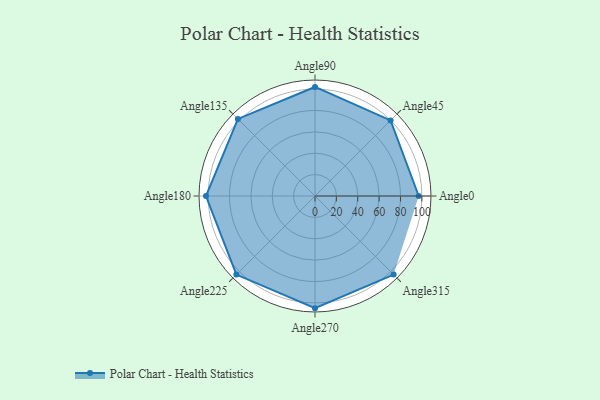
{"axis": {"x": "Angle", "y": "Radius"}, "legend": [""], "data": [{"x": "Angle0", "y": 97.0, "type": ""}, {"x": "Angle45", "y": 100.0, "type": ""}, {"x": "Angle90", "y": 102.0, "type": ""}, {"x": "Angle135", "y": 102.0, "type": ""}, {"x": "Angle180", "y": 102.0, "type": ""}, {"x": "Angle225", "y": 104.0, "type": ""}, {"x": "Angle270", "y": 105.0, "type": ""}, {"x": "Angle315", "y": 104.0, "type": ""}]}